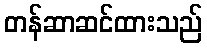
တန်ဆာဆင်ထားသည်